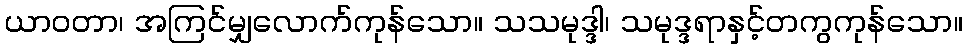
ယာဝတာ၊ အကြင်မျှလောက်ကုန်သော။ သသမုဒ္ဒါ၊ သမုဒ္ဒရာနှင့်တကွကုန်သော။